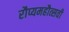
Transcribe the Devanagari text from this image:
रौप्यमहौत्सवी